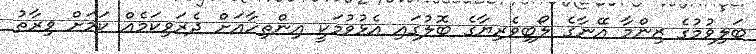
ބަލިވުމުގެ ޒިންމާ އޭނާގެ ލޯބިވެރިޔާގެ ބޮލުގައި އެޅުވުމަކީ އިންތިހާއަށް ދެރަވިކަމެއް ކަމަށް ވިރާތު